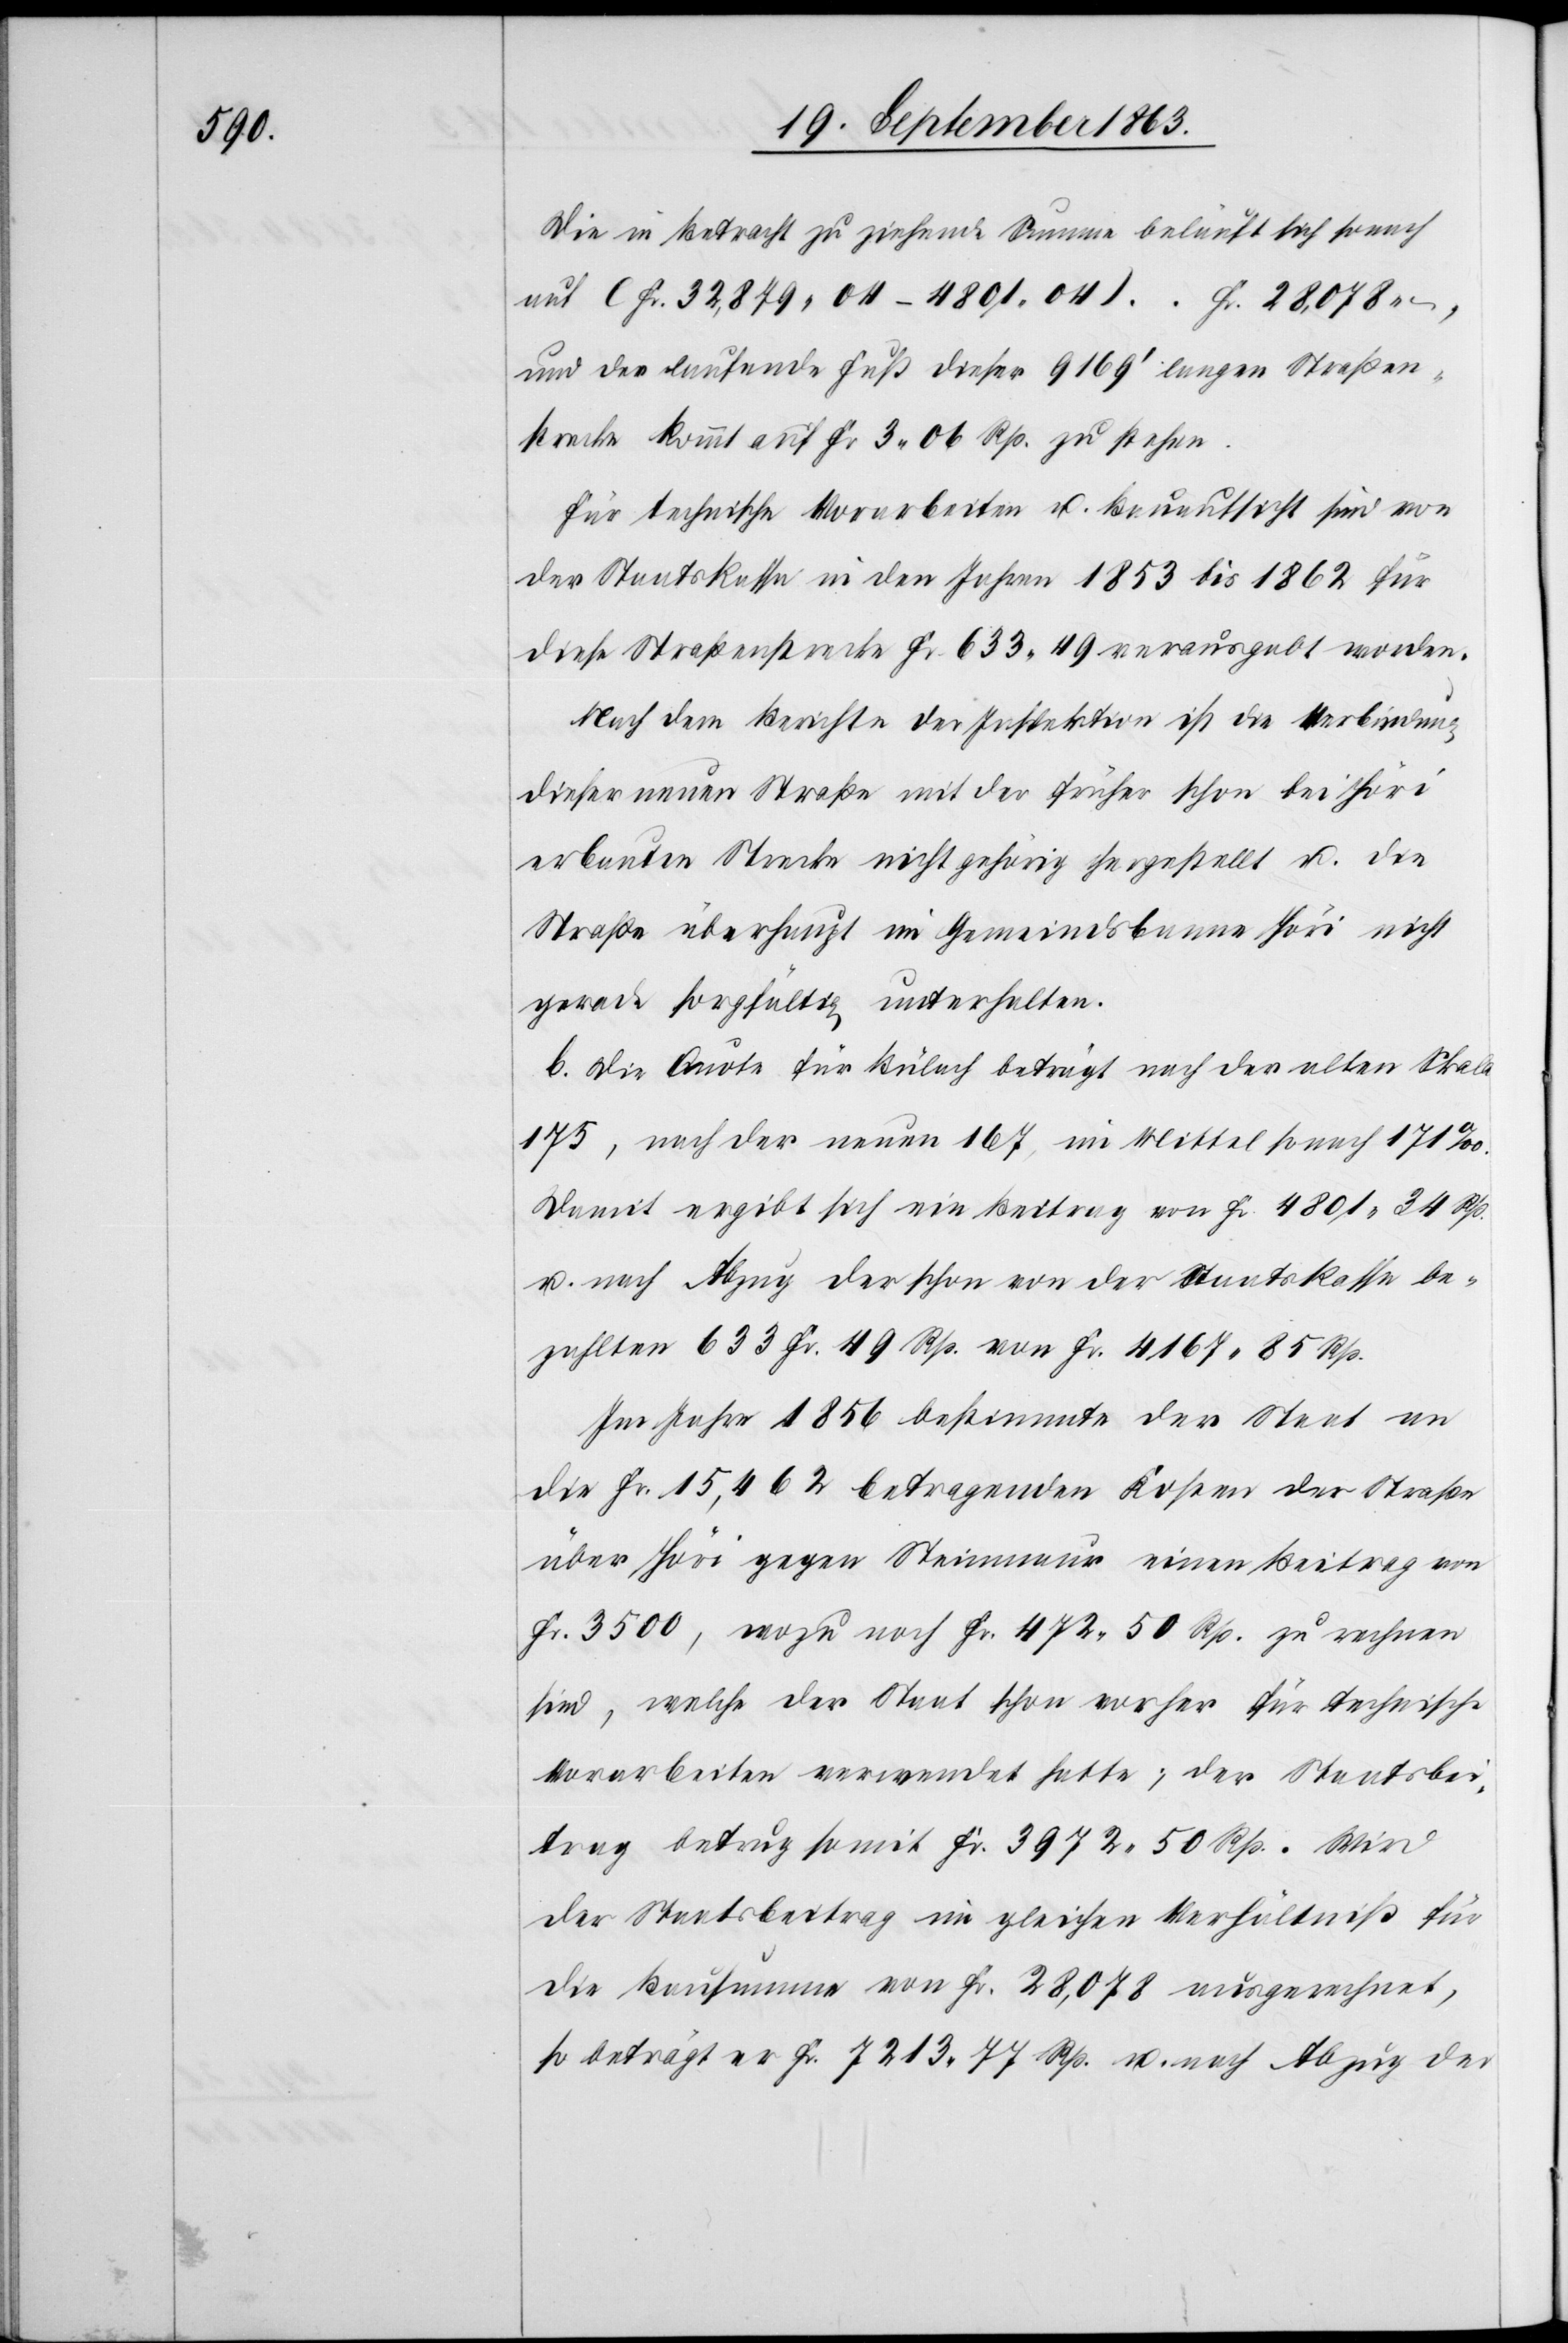
Die in Betracht zu ziehende Summe beläuft sich sonach
auf (Fr. 32,879. 04 – 4801. 04)
und der laufende Fuß dieser 9169' langen Straßen¬
strecke kommt auf Fr. 3. 06 Rp. zu stehen.
Für technische Vorarbeiten u. Bauaufsicht sind von
der Staatskassa in den Jahren 1853 bis 1862 für
diese Straßenstrecke Fr. 633. 49 verausgabt worden.
Nach dem Berichte der Inspektion ist die Verbindung
dieser neuen Straße mit der früher schon bei Höri
erbauten Strecke nicht gehörig hergestellt u. die
Straße überhaupt im Gemeindsbanne Höri nicht
gerade sorgfältig unterhalten.
b. Die Quote für Bülach beträgt nach der alten Skala
175, nach der neuen 167, im Mittel sonach 171‰.
Damit ergibt sich ein Beitrag von Fr. 4801. 34 Rp.
u. nach Abzug der schon von der Staatskassa be¬
zahlten 633 Fr. 49 Rp. von Fr. 4167. 85 Rp.
Im Jahre 1856 bestimmte der Staat an
die Fr. 15,462 betragenden Kosten der Straße
über Höri gegen Steinmaur einen Beitrag von
Fr. 3500, wozu noch Fr. 472. 50 Rp. zu rechnen
sind, welche der Staat schon vorher für technische
Vorarbeiten verwendet hatte; der Staatsbei¬
trag betrug somit Fr. 3972. 50 Rp. Wird
der Staatsbeitrag im gleichen Verhältniß für
die Bausumme von Fr. 28,078 ausgerechnet,
so beträgt er Fr. 7213. 77 Rp. u. nach Abzug der